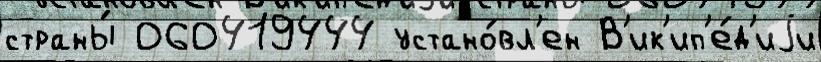
страны́ 060419444 устано́вл'ен В'ик'ип'е́д'иjи